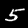
Digit: 5